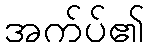
အက်ပ်၏